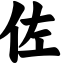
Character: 佐